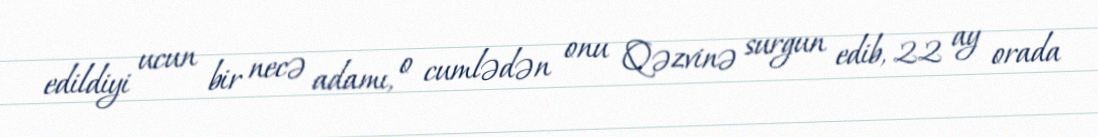
edildiyi ucun bir necə adamı, o cumlədən onu Qəzvinə surgun edib, 22 ay orada